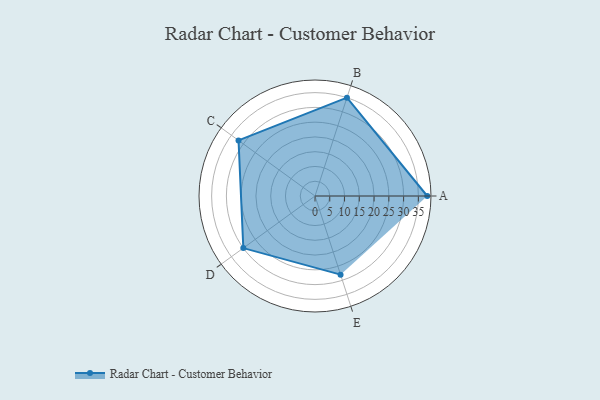
{"axis": {"x": "Skill", "y": "Score"}, "legend": ["Profile"], "data": [{"x": "A", "y": 38.0, "type": "Profile"}, {"x": "B", "y": 35.0, "type": "Profile"}, {"x": "C", "y": 32.0, "type": "Profile"}, {"x": "D", "y": 30.0, "type": "Profile"}, {"x": "E", "y": 28.0, "type": "Profile"}]}